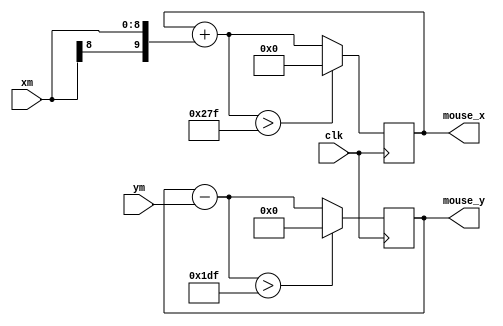
module mouse_controller(
	 input clk,
    input [8:0] xm,
    input [8:0] ym,
    output reg[9:0] mouse_x,
    output reg[8:0] mouse_y
    );

initial mouse_x = 320;
initial mouse_y = 240;
reg[9:0] result;
always @(posedge clk)
begin
	mouse_x = mouse_x + {xm[8], xm};
	if(mouse_x > 639)
		mouse_x = 0;
	result = mouse_y - {ym[8], ym};
	mouse_y = result[8:0];
	if(mouse_y > 479)
		mouse_y = 0;
end
endmodule